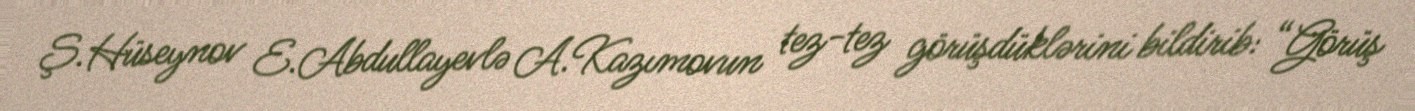
Ş.Hüseynov E.Abdullayevlə A.Kazımovun tez-tez görüşdüklərini bildirib: “Görüş